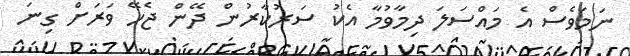
ނަމަވެސް އެ މައްސަލަ ދިމާވުމާ އެކު ސަރުކާރުން ދޭން ޖެހޭ ވަރަށް ގިނަ